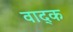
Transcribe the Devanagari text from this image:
वाद्क